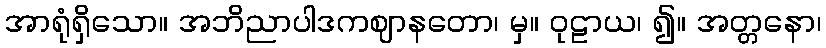
အာရုံရှိသော။ အဘိညာပါဒကဈာနတော၊ မှ။ ဝုဠာယ၊ ၍။ အတ္တနော၊